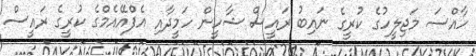
ހާއްސަ މަޖިލީހުގެ ކުރީގެ ނައިބު ރައީސް ޝާހީން ހަމީދާއި އެފްއޭއެމްގެ ކުރީގެ ރައީސް